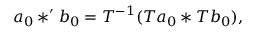
a _ { 0 } * ^ { \prime } b _ { 0 } = T ^ { - 1 } ( T a _ { 0 } * T b _ { 0 } ) ,